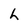
Character: h